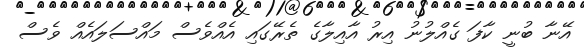
އޭނާ ބުނީ ކާފަ ގެއްލުނު އިރު އާއިލާގެ ތެރޭގައި އެއްވެސް މައްސަލައެއް ވެސް